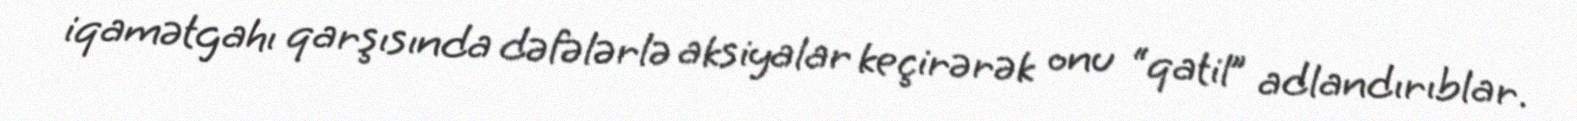
iqamətgahı qarşısında dəfələrlə aksiyalar keçirərək onu “qatil” adlandırıblar.